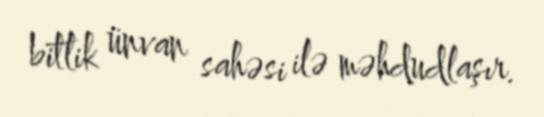
bitlik ünvan sahəsi ilə məhdudlaşır.